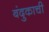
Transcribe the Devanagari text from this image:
बंदुकाची